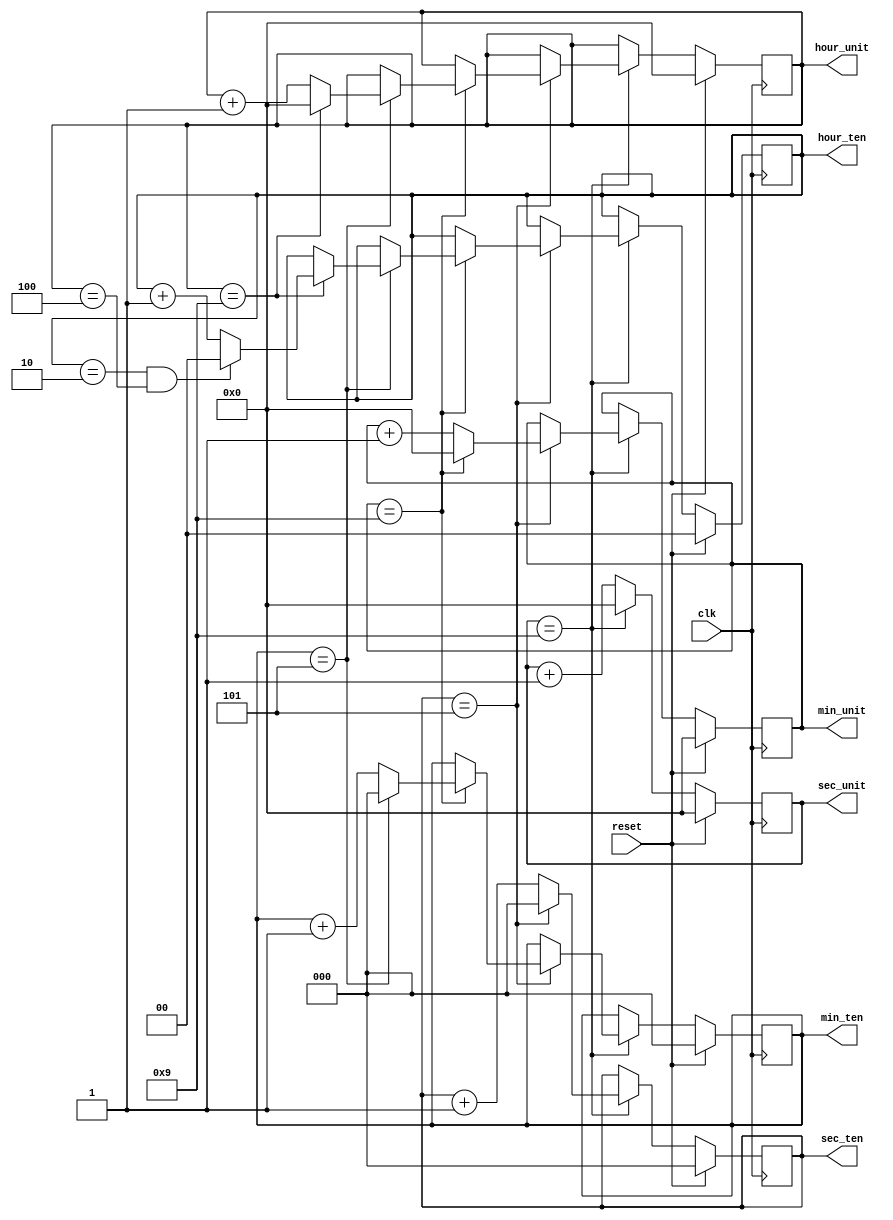
module DC32(clk, reset,sec_unit,sec_ten, min_unit,min_ten,hour_unit,hour_ten);

 input clk, reset;
  output reg [3:0] sec_unit, min_unit,hour_unit;
  output reg [2:0] sec_ten,min_ten;
  output reg [1:0] hour_ten;
  always @(posedge clk) begin
    if (reset) begin
	              sec_unit <= 4'b0000;
		sec_ten  <= 3'b000;
		min_unit <=4'b0000;
		min_ten  <=3'b000;
		hour_unit <=4'b0000;
		hour_ten  <=2'b00;
     end
    else begin
      sec_unit <= sec_unit + 1;
      if (sec_unit == 4'b1001) 
	begin
        sec_unit <= 4'b0000;
		  sec_ten  <= sec_ten + 1;
		  if (sec_ten == 3'b101)
	          begin 
		  sec_ten <= 3'b000;
                  min_unit <= min_unit + 1 ;
		  if (min_unit == 4'b1001) 
	          begin
		  min_unit <= 4'b0000;
          	  min_ten  <= min_ten + 1;
             	  if (min_ten == 3'b101)
		  begin 
		  min_ten <= 3'b000;
                  hour_unit <= hour_unit + 1;
		  if (hour_unit==4'b1001) 
	          begin
		  hour_unit <= 4'b0000;
		  hour_ten  <= hour_ten + 1;
		  if (hour_ten== 2'b10 && hour_unit== 4'b0100) 
	          begin
		  hour_ten <= 2'b00;
                  end
                  end
                  end
                  end
                  end
          end
          end
          end
endmodule